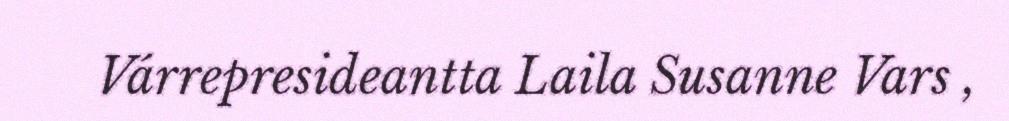
Várrepresideantta Laila Susanne Vars ,